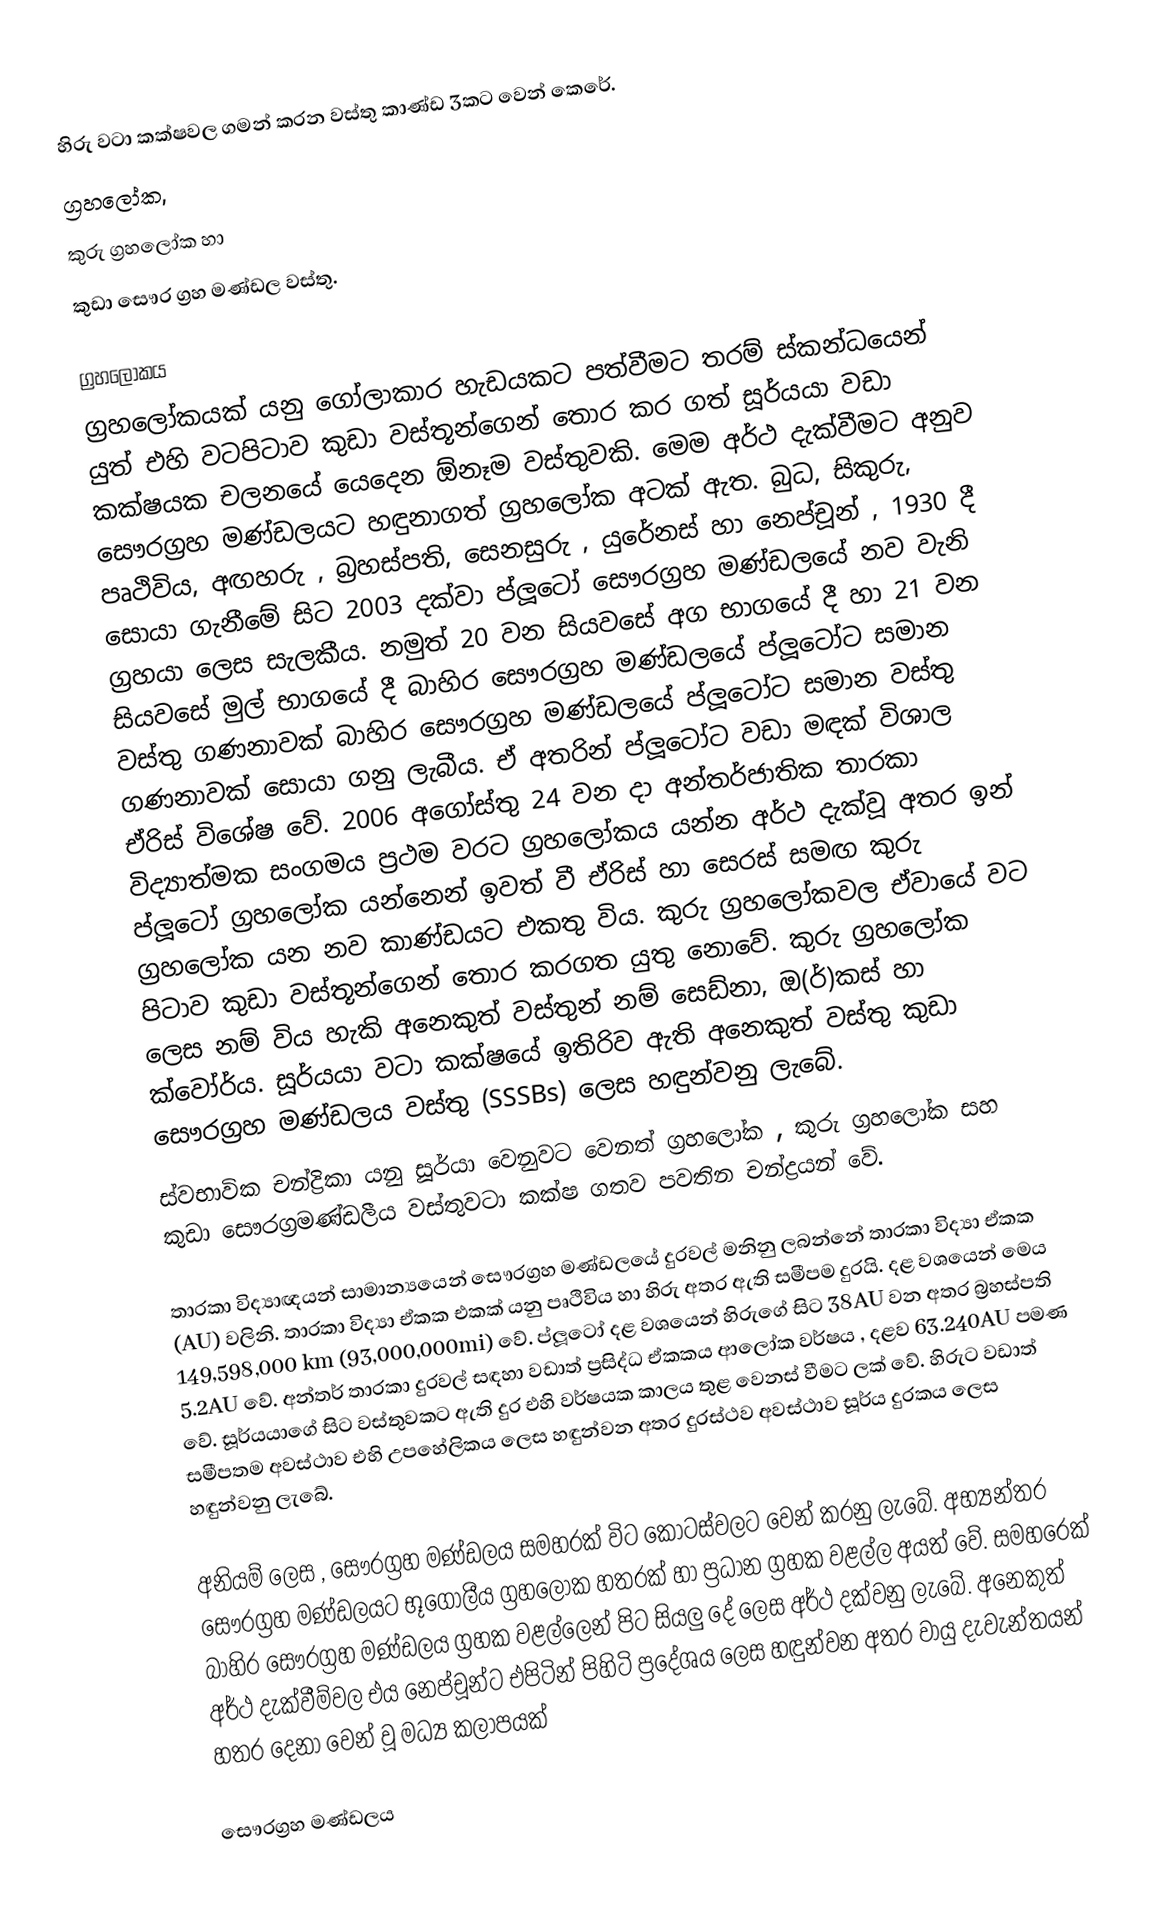
හිරු වටා කක්ෂවල ගමන් කරන වස්තු කාණ්ඩ 3කට වෙන් කෙරේ.
ග්‍රහලෝක,
කුරු ග්‍රහලෝක හා
කුඩා සෞර ග්‍රහ මණ්ඩල වස්තු.

ග්‍රහලෝකය
ග්‍රහලෝකයක් යනු ගෝලාකාර හැඩයකට පත්වීමට තරම් ස්කන්ධයෙන් යුත් එහි වටපිටාව කුඩා වස්තූන්ගෙන් තොර කර ගත් සූර්යයා වඩා කක්ෂයක චලනයේ යෙදෙන ඕනෑම වස්තුවකි. මෙම අර්ථ දැක්වීමට අනුව සෞරග්‍රහ මණ්ඩලයට හඳුනාගත් ග්‍රහලෝක අටක් ඇත. බුධ, සිකුරු, පෘථිවිය, අඟහරු , බ්‍රහස්පති, සෙනසුරු , යුරේනස් හා නෙප්චූන් , 1930 දී සොයා ගැනීමේ සිට 2003 දක්වා ප්ලූටෝ සෞරග්‍රහ මණ්ඩලයේ නව වැනි ග්‍රහයා ලෙස සැලකීය. නමුත් 20 වන සියවසේ අග භාගයේ දී හා 21 වන සියවසේ මුල් භාගයේ දී බාහිර සෞරග්‍රහ මණ්ඩලයේ ප්ලූටෝට සමාන වස්තු ගණනාවක් බාහිර සෞරග්‍රහ මණ්ඩලයේ ප්ලූටෝට සමාන වස්තු ගණනාවක් සොයා ගනු ලැබීය. ඒ අතරින් ප්ලූටෝට වඩා මඳක් විශාල ඒරිස් විශේෂ වේ. 2006 අගෝස්තු 24 වන දා අන්තර්ජාතික තාරකා විද්‍යාත්මක සංගමය ප්‍රථම වරට ග්‍රහලෝකය යන්න අර්ථ දැක්වූ අතර ඉන් ප්ලූටෝ ග්‍රහලෝක යන්නෙන් ඉවත් වී ඒරිස් හා සෙරස් සමඟ කුරු ග්‍රහලෝක යන නව කාණ්ඩයට එකතු විය. කුරු ග්‍රහලෝකවල ඒවායේ වට පිටාව කුඩා වස්තූන්ගෙන් තොර කරගත යුතු නොවේ. කුරු ග්‍රහලෝක ලෙස නම් විය හැකි අනෙකුත් වස්තුන් නම් සෙඩ්නා, ඔ(ර්)කස් හා ක්වෝර්ය. සූර්යයා වටා කක්ෂයේ ඉතිරිව ඇති අනෙකුත් වස්තු කුඩා සෞරග්‍රහ මණ්ඩලය වස්තු (SSSBs) ලෙස හඳුන්වනු ලැබේ.
ස්වභාවික චන්ද්‍රිකා යනු සූර්යා වෙනුවට වෙනත් ග්‍රහලෝක , කුරු ග්‍රහලෝක සහ කුඩා සෞරග්‍රමණ්ඩලීය වස්තුවටා කක්ෂ ගතව පවතින චන්ද්‍රයන් වේ.

තාරකා වි‍ද්‍යාඥයන් සාමාන්‍යයෙන් සෞරග්‍රහ මණ්ඩලයේ දුරවල් මනිනු ලබන්නේ තාරකා විද්‍යා ඒකක (AU) වලිනි. තාරකා විද්‍යා ඒකක එකක් යනු පෘථිවිය හා හිරු අතර ඇති සමීපම දුරයි. දළ වශයෙන් මෙය 149,598,000 km (93,000,000mi) වේ. ප්ලූටෝ දළ වශයෙන් හිරුගේ සිට 38AU වන අතර බ්‍රහස්පති 5.2AU වේ. අන්තර් තාරකා දුරවල් සඳහා වඩාත් ප්‍රසිද්ධ ඒකකය ආලෝක වර්ෂය , දළව 63.240AU පමණ වේ. සූර්යයාගේ සිට වස්තුවකට ඇති දුර එහි වර්ෂයක කාලය තුළ වෙනස් වීමට ලක් වේ. හිරුට වඩාත් සමීපතම අවස්ථාව එහි උප‍හේලිකය ලෙස හඳුන්වන අතර දුරස්ථව අවස්ථාව සූර්ය දුරකය ලෙස හඳුන්වනු ලැබේ.

අනියම් ලෙස , සෞරග්‍රහ මණ්ඩලය සමහරක් විට කොටස්වලට වෙන් කරනු ලැබේ. අභ්‍යන්තර සෞරග්‍රහ මණ්ඩලයට භූගෝලීය ග්‍රහලෝක හතරක් හා ප්‍රධාන ග්‍රහක වළල්ල අයත් වේ. සමහරෙක් බාහිර සෞරග්‍රහ මණ්ඩලය ග්‍රහක වළල්ලෙන් පිට සියලු දේ ලෙස අර්ථ දක්වනු ලැබේ. අනෙකුත් අර්ථ දැක්වීම්වල එය නෙප්චූන්ට එපිටින් පිහිටි ප්‍රදේශය ලෙස හඳුන්වන අතර වායු දැවැන්තයන් හතර දෙනා වෙන් වූ මධ්‍ය කලාපයක්

සෞරග්‍රහ මණ්ඩලය